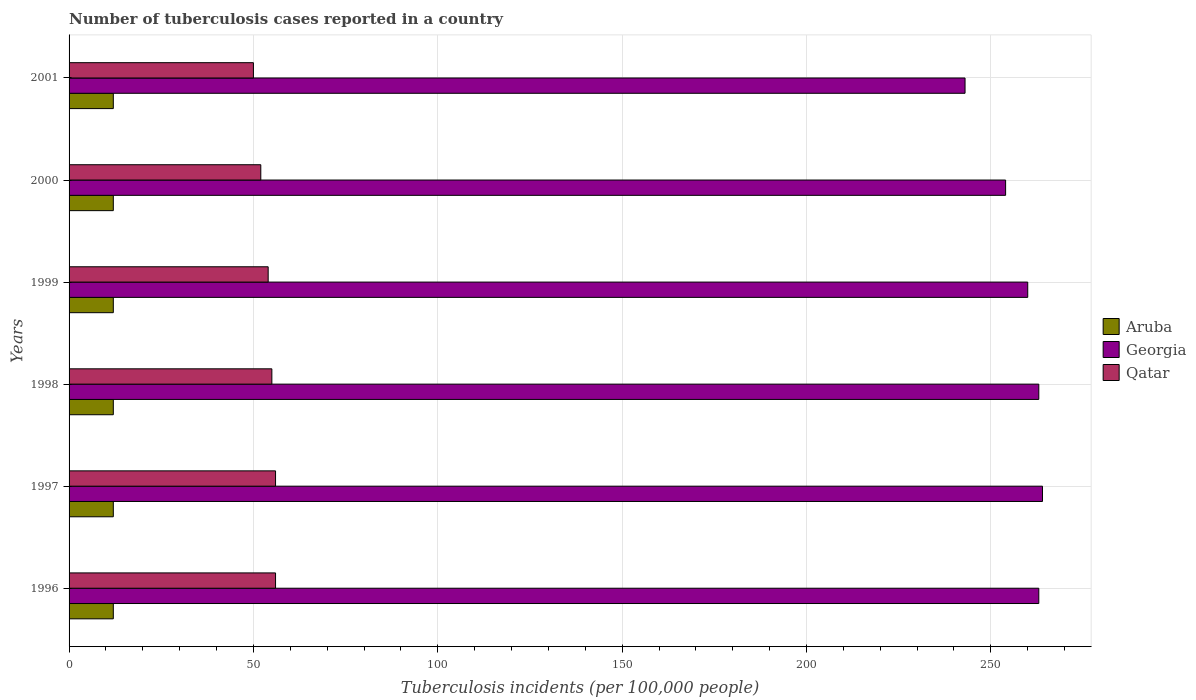
| Years | Aruba | Georgia | Qatar |
 | --- | --- | --- | --- |
 | 1996 | 12 | 263 | 56 |
 | 1997 | 12 | 264 | 56 |
 | 1998 | 12 | 263 | 55 |
 | 1999 | 12 | 260 | 54 |
 | 2000 | 12 | 254 | 52 |
 | 2001 | 12 | 243 | 50 |